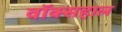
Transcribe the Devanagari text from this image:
वॉक्सहाल